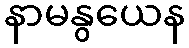
နာမနွယေန